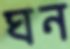
ঘন